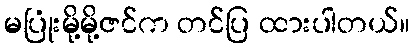
မပြုံးမို့မို့ဇင်က တင်ပြ ထားပါတယ်။